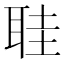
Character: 𮶒